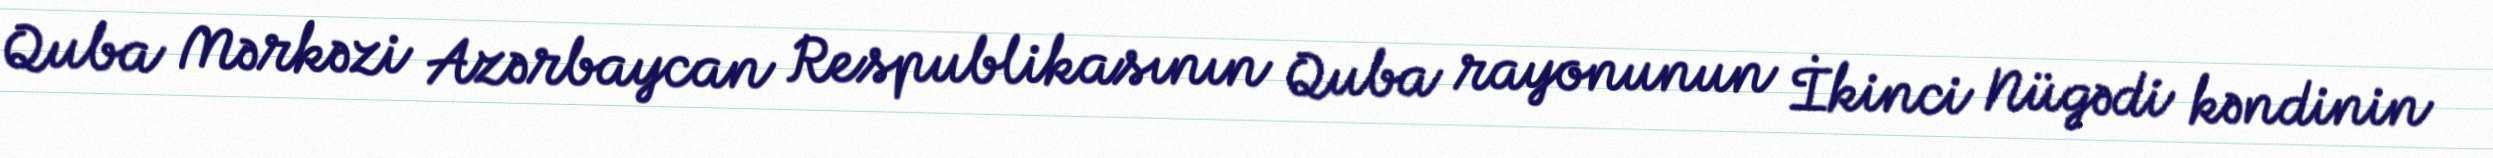
Quba Mərkəzi Azərbaycan Respublikasının Quba rayonunun İkinci Nügədi kəndinin